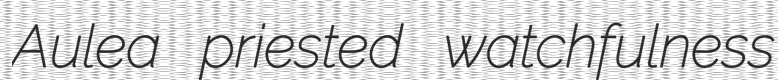
Aulea priested watchfulness